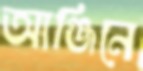
আঞ্জিনে